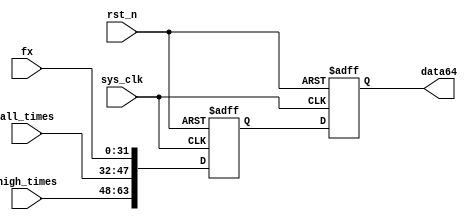
module compose(
    sys_clk     ,
    rst_n       ,
    high_times,
    all_times ,
    fx          ,
    data64
    );
    input                               sys_clk                    ;
    input                               rst_n                      ;
    input              [  15:0]         high_times                 ;
    input              [  15:0]         all_times                  ;
    input              [  31:0]         fx                         ;

    output reg         [  63:0]         data64                     ;
reg                    [  63:0]         data64_reg                 ;
    always@(posedge sys_clk or negedge rst_n)begin
        if(!rst_n)begin
            data64_reg <= 64'b0;
        end
        else begin
            data64_reg[63:48] <= high_times;
            data64_reg[47:32] <= all_times;
            data64_reg[31:0] <= fx;
        end
    end
        always@(posedge sys_clk or negedge rst_n)begin
        if(!rst_n)begin
            data64 <= 64'b0;
        end
        else begin
            data64 <= data64_reg;
        end
    end
endmodule